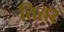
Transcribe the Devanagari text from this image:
तित्तर